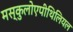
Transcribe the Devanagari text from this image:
मस्कुलोएपीथिलियल